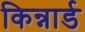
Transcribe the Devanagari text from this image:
किन्नार्ड